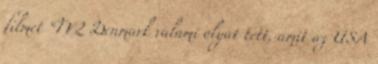
filmet “TV2 Denmark valami olyat tett, amit az USA